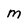
Character: M